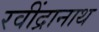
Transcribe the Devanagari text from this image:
रवींद्रानाथ